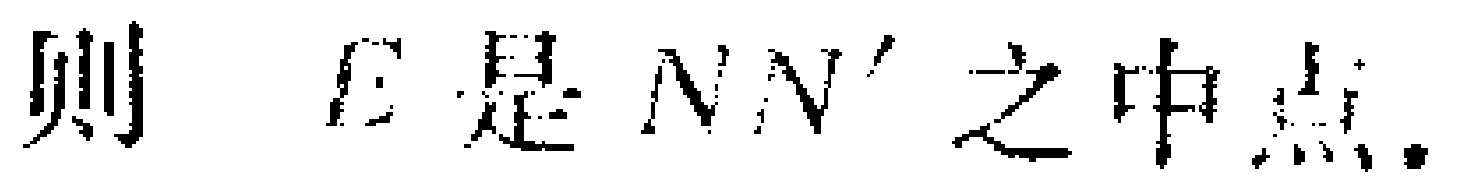
则 \(E\) 是 \(NN'\) 之中点.